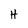
Character: H